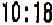
10:18